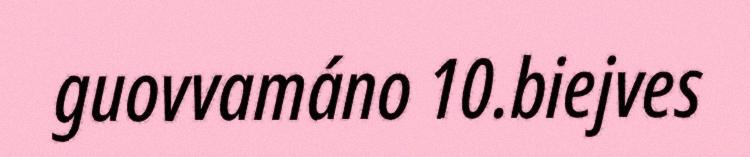
guovvamáno 10.biejves